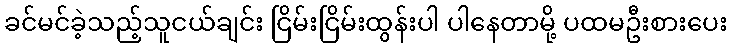
ခင်မင်ခဲ့သည့်သူငယ်ချင်း ငြိမ်းငြိမ်းထွန်းပါ ပါနေတာမို့ ပထမဦးစားပေး